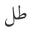
طل